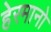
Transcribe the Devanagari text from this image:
हेरमानो